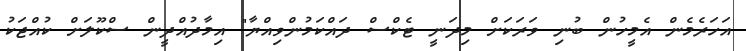
އަހަރެމެން އެމީހުން ބުނި ވަރަަކަށް މިދަނީ ޓެކްސް ދައްކަމުންވިއްޔާ" އިމާދުއްދީން ސްކޫލަށް ކުއްޖަކު